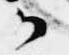
御